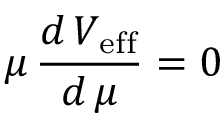
\mu \, \frac { d \, V _ { \mathrm { e f f } } } { d \, \mu } = 0